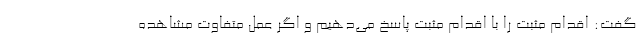
گفت: اقدام مثبت را با اقدام مثبت پاسخ می‌دهیم و اگر عمل متفاوت مشاهده